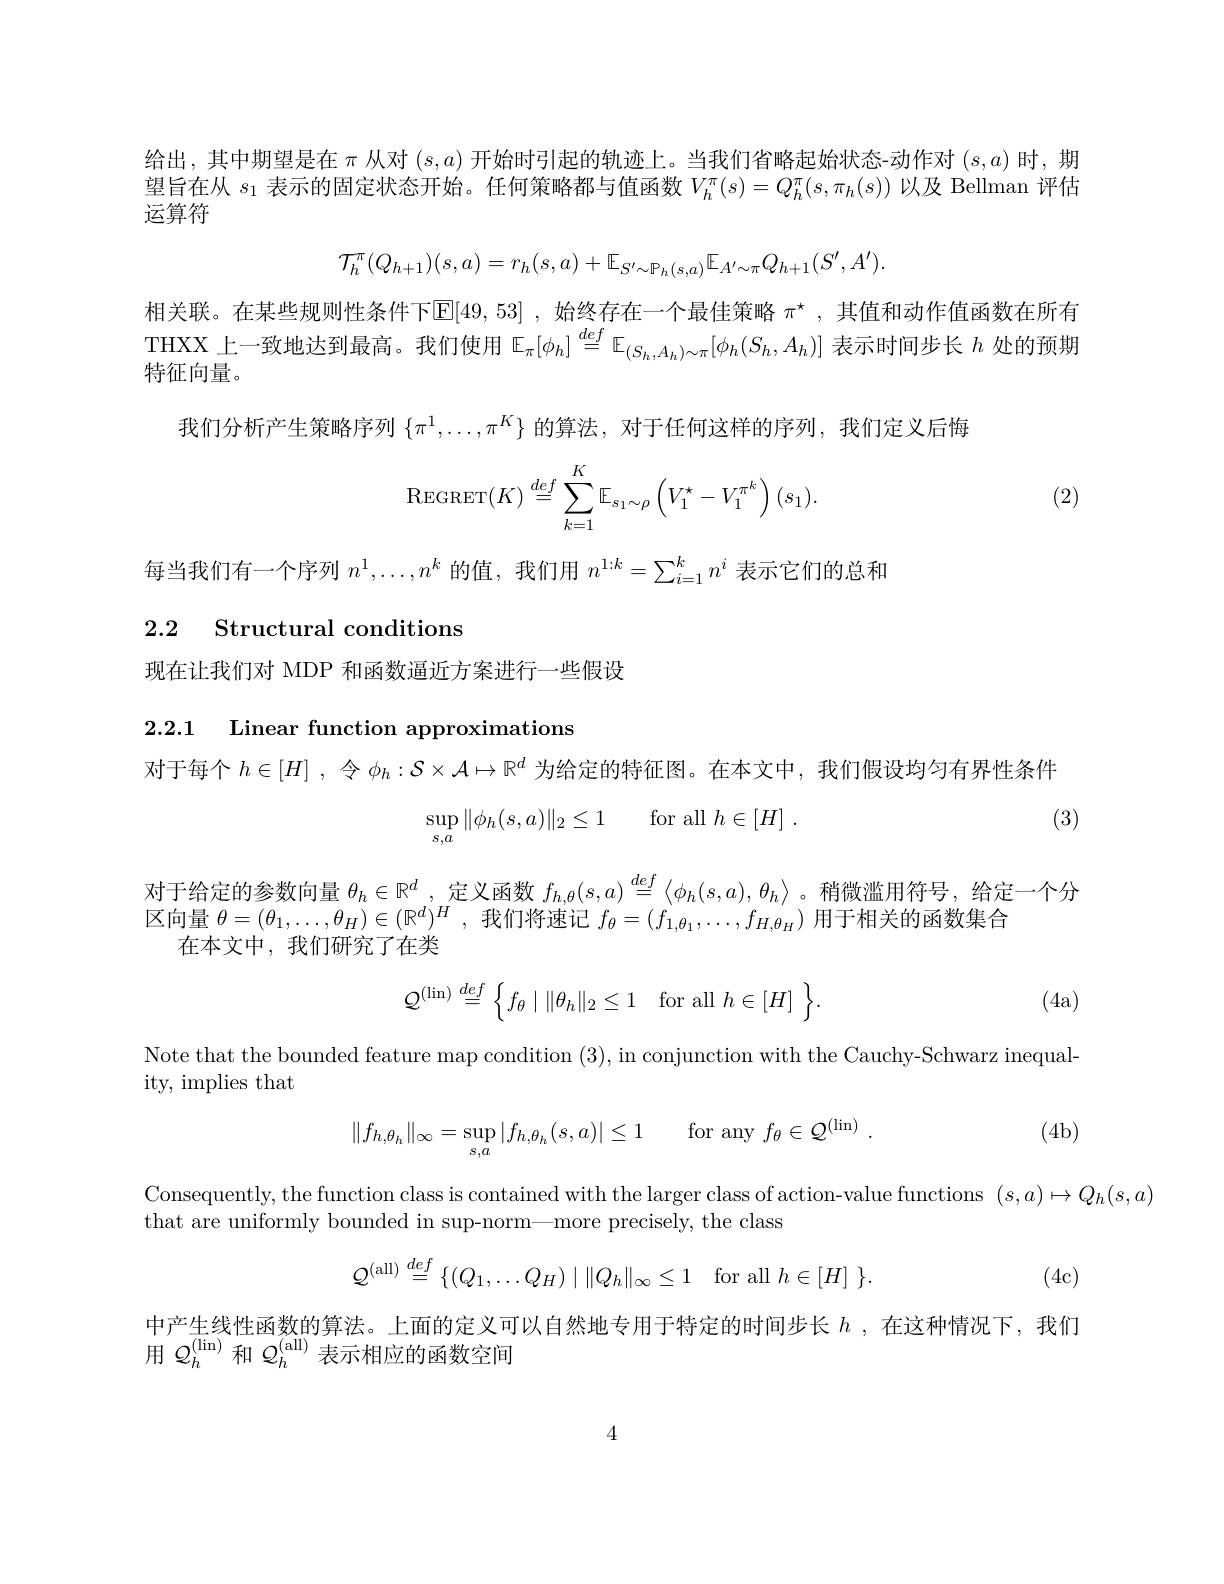
给出，其中期望是在$\pi$从对$(s,a)$开始时引起的轨迹上。当我们省略起始状态-动作对$(s,a)$时，期望旨在从$s_1$表示的固定状态开始。任何策略都与值函数$V_h^\pi(s)=Q_h^\pi(s,\pi_h(s))$以及 Bellman 评估运算符
$$\mathcal{T}_h^\pi(Q_{h+1})(s,a)=r_h(s,a)+\mathbb{E}_{S^{\prime}\sim\mathbb{P}_h(s,a)}\mathbb{E}_{A^{\prime}\sim\pi}Q_{h+1}(S^{\prime},A^{\prime}).$$
相关联。在某些规则性条件下$\mathbb{E}[49,53]$ ,始终存在一个最佳策略 $\pi^\star$, 其值和动作值函数在所有$\underset{\text{杜尔白}\operatorname*{\text{上一致地达到最高。我们使用 }}}{\operatorname*{\operatorname*{\operatorname*{\operatorname*{\text{正一致地达到最高。我们使用 }E}}}}}[\phi_h]\overset{def}{\operatorname*{=}}\mathbb{E}_{(S_h,A_h)\sim\pi}[\phi_h(S_h,A_h)]$表示时间步长$h$处的预期特征向量。
我们分析产生策略序列$\{\pi^1,\ldots,\pi^K\}$的算法，对于任何这样的序列，我们定义后悔
$$\mathrm{REGRET}(K)\stackrel{def}{=}\sum_{k=1}^K\mathbb{E}_{s_1\sim\rho}\left(V_1^\star-V_1^{\pi^k}\right)(s_1).$$
(2)

每当我们有一个序列$n^1,\ldots,n^k$的值，我们用$n^1:k=\sum_{i=1}^kn^i$表示它们的总和
2.2 Structural conditions

现在让我们对 MDP 和函数逼近方案进行一些假设

2.2.1 Linear function approximations

对于每个$h\in[H]$ ,令$\phi_h:\mathcal{S}\times\mathcal{A}\mapsto\mathbb{R}^d$为给定的特征图。在本文中，我们假设均匀有界性条件

(3)
$$\sup\limits_{s,a}\|\phi_h(s,a)\|_2\le1\quad\text{for all}h\in[H]\:.$$
对 于 给 定 的 参 数 向 量  $\theta _h\in \mathbb{R} ^d$, 定 义 函 数  $f_{h, \theta }( s, a) \overset {def}{\operatorname* { \operatorname* { = } } }\left \langle \phi _h( s, a) , \theta _h\right \rangle$。 稍 微 滥 用 符 号 , 给 定 一 个 分  区 向 量  $\theta = ( \theta _1, \ldots , \theta _H) \in ( \mathbb{R} ^d) ^H$, 我 们 将 速 记  $f_\theta = ( f_{1, \theta _1}, \ldots , f_{H, \theta _H})$ 用 于 相 关 的 函 数 集 合
在本文中，我们研究了在类
$$\mathcal{Q}^{(\text{lin})}\stackrel{def}{=}\:\Big\{f_\theta\mid\|\theta_h\|_2\leq1\quad\text{for all}\:h\in[H]\:\Big\}.$$
(4a)

Note that the bounded feature map condition (3), in conjunction with the Cauchy-Schwarz inequal-

ity, implies that

(4b)
$$\|f_{h,\theta_h}\|_\infty=\sup\limits_{s,a}|f_{h,\theta_h}(s,a)|\leq1\quad\mathrm{for~any}\:f_\theta\in\mathcal{Q}^{(\mathrm{lin})}\:.$$
Consequently, the function class is contained with the larger class of action-value functions $(s,a)\mapsto Q_h(s,a)$
that are uniformly bounded in sup-norm—more precisely, the class

(4c)
$$\mathcal{Q}^{\text{(all)}}\stackrel{def}{=}\{(Q_1,\dots Q_H)\mid\|Q_h\|_\infty\leq1\quad\text{for all}~h\in[H]~\}.$$
中产生线性函数的算法。上面的定义可以自然地专用于特定的时间步长$h$ ,在这种情况下，我们
用$\mathcal{Q}_h^{(\mathrm{lin})}$和$\mathcal{Q}_h^{(\mathrm{all})}$表示相应的函数空间

4